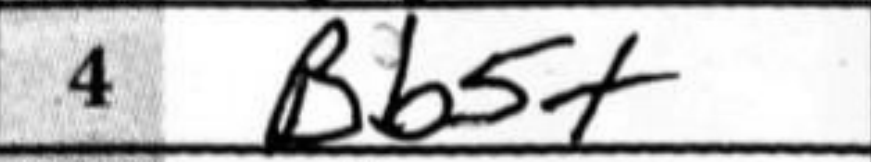
Transcription: Bb5+